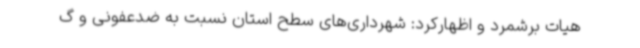
هیات برشمرد و اظهارکرد: شهرداری‌های سطح استان نسبت به ضدعفونی و گ